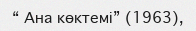
“ Ана көктемі” (1963),